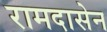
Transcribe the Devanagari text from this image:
रामदासेन